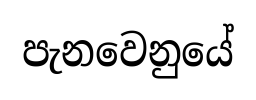
පැනවෙනුයේ